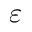
\varepsilon